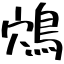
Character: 鴪